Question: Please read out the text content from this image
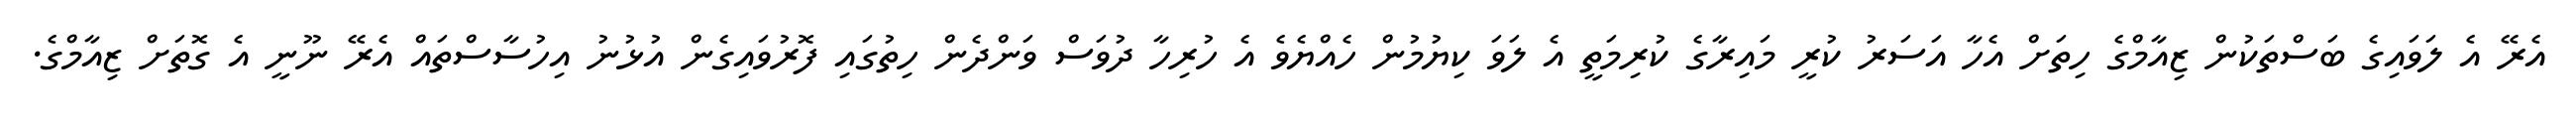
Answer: އެރޭ އެ ލަވައިގެ ބަސްތަކުން ޒިއާމްގެ ހިތަށް އެހާ އަސަރު ކުރީ މައިރާގެ ކުރިމަތީ އެ ލަވަ ކިޔުމުން ހެއްޔެވެ އެ ހުރިހާ ދުވަސް ވަންދެން ހިތުގައި ފޮރުވައިގެން އުޅުނު އިހުސާސްތައް އެރޭ ނޫނީ އެ ގޮތަށް ޒިއާމްގެ.